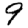
Digit: 9